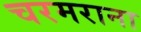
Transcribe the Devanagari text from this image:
चरमराना